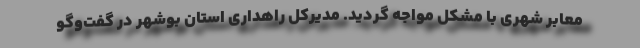
معابر شهری با مشکل مواجه گردید. مدیرکل راهداری استان بوشهر در گفت‌وگو